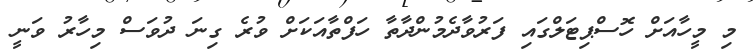
މި މީހާއަށް ހޮސްޕިޓަލްގައި ފަރުވާދެމުންދާތާ ހަފްތާއަކަށް ވުރެ ގިނަ ދުވަސް މިހާރު ވަނީ